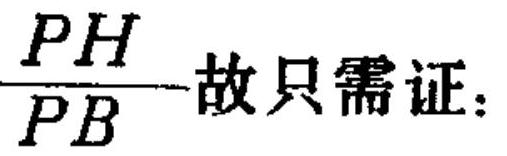
\(\frac{PH}{PB}\)故只需证：